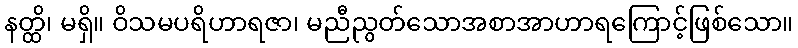
နတ္ထိ၊ မရှိ။ ဝိသမပရိဟာရဇာ၊ မညီညွတ်သောအစာအာဟာရကြောင့်ဖြစ်သော။